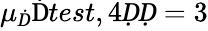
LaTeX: \mu_{Ḋ}\mathrm{Ḋ}test,4ḌḌ=3